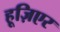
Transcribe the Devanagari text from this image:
हूज़िएर